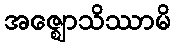
အဇ္ဈောသိဿာမိ